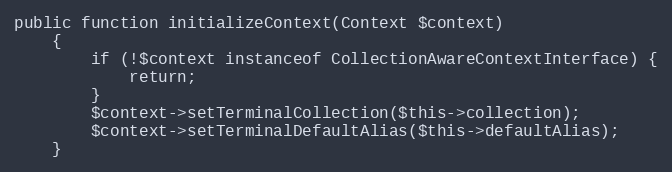
Language: PHP
public function initializeContext(Context $context)
    {
        if (!$context instanceof CollectionAwareContextInterface) {
            return;
        }
        $context->setTerminalCollection($this->collection);
        $context->setTerminalDefaultAlias($this->defaultAlias);
    }